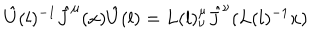
LaTeX: { \hat { U } } ( l ) ^ { - 1 } { \hat { J } } ^ { \mu } ( x ) { \hat { U } } ( l ) = L ( l ) _ { \nu } ^ { \mu } { \hat { J } } ^ { \nu } ( L ( l ) ^ { - 1 } x )